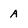
Character: A